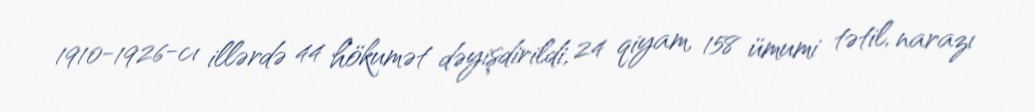
1910-1926-cı illərdə 44 hökumət dəyişdirildi, 24 qiyam, 158 ümumi tətil, narazı